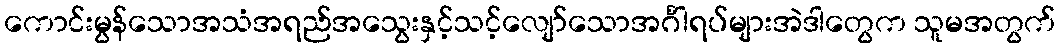
ကောင်းမွန်သောအသံအရည်အသွေးနှင့်သင့်လျော်သောအင်္ဂါရပ်များအဲဒါတွေက သူမအတွက်